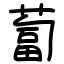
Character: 蔔